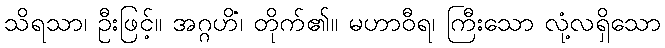
သိရသာ၊ ဦးဖြင့်။ အဂ္ဂဟိံ၊ တိုက်၏။ မဟာဝီရ၊ ကြီးသော လုံ့လရှိသော